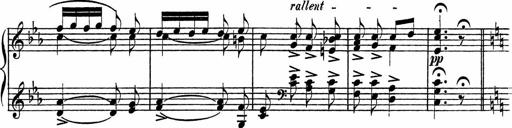
Title: Piano Sonatinas
Composer: Charles Fradel